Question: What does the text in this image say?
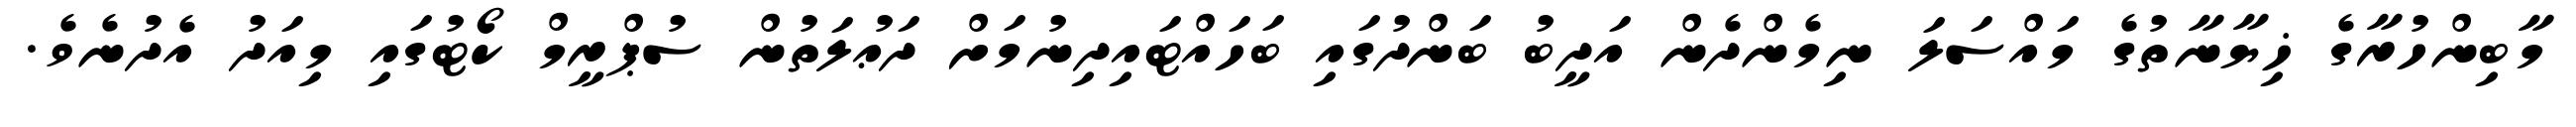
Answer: މާބިންހުރާގެ ޚިޔާނާތުގެ މައްސަލަ ނިމެންދެން އަދީބު ބަންދުގައި ބަހައްޓައިދިނުމަށް ދަޢުލަތުން ސުޕްރީމް ކޯޓުގައި މިއަދު އެދުނެވެ.